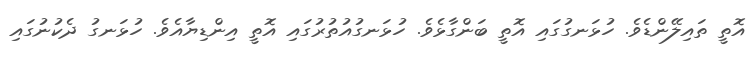
އޮތީ ތައިލޭންޑެވެ. ހުޅަނގުގައި އޮތީ ބަންގާޅެވެ. ހުޅަނގުއުތުރުގައި އޮތީ އިންޑިޔާއެވެ. ހުޅަނގު ދެކުނުގައި